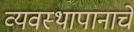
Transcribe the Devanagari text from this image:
व्यवस्थापानाचे